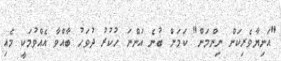
"އަނިޔާވެރިކަން ނިންމަން" ކަމަށް ބުނެ އަންނަ ހުކުރު ދުވަހު ބާއްވާ އެއްވުމަކީ މެއި